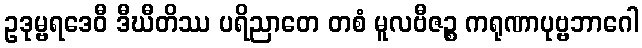
ဥဒုမ္ဗရဒေဝီ ဒီဃီတိဿ ပရိညာတေ တစံ မူလဗီဇဉ္စ ကရုဏာပုဗ္ဗဘာဂေါ